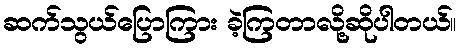
ဆက်သွယ်ပြောကြား ခဲ့ကြတာလို့ဆိုပါတယ်။